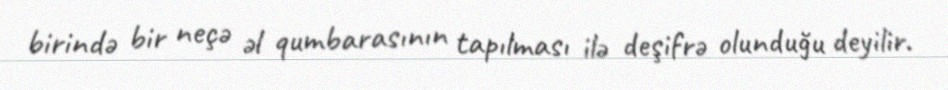
birində bir neçə əl qumbarasının tapılması ilə deşifrə olunduğu deyilir.